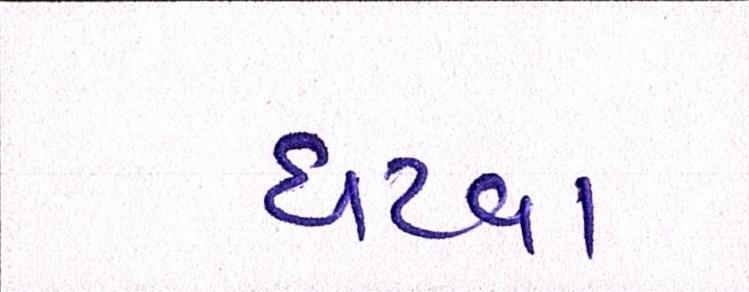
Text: ઘટવા